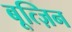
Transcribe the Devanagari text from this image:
बूत्ज़िन